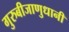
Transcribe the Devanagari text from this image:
गुरुबीजाणुधानी